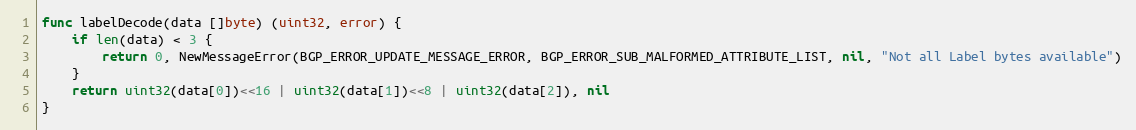
Language: Go
func labelDecode(data []byte) (uint32, error) {
	if len(data) < 3 {
		return 0, NewMessageError(BGP_ERROR_UPDATE_MESSAGE_ERROR, BGP_ERROR_SUB_MALFORMED_ATTRIBUTE_LIST, nil, "Not all Label bytes available")
	}
	return uint32(data[0])<<16 | uint32(data[1])<<8 | uint32(data[2]), nil
}